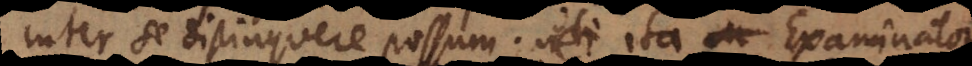
inter se distinguere possum. Ita Examinator